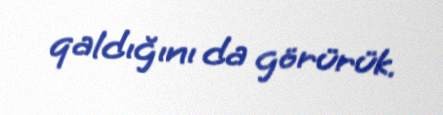
qaldığını da görürük.